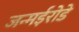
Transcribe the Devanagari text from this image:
जन्मईरोडे